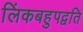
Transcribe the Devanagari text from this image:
लिंकबहुपद्वति